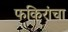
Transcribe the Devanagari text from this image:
फकिरांचा